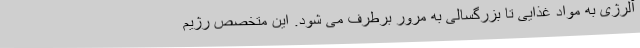
آلرژی به مواد غذایی تا بزرگسالی به مرور برطرف می شود. این متخصص رژیم